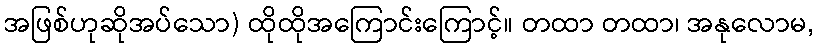
အဖြစ်ဟုဆိုအပ်သော) ထိုထိုအကြောင်းကြောင့်။ တထာ တထာ၊ အနုလောမ,